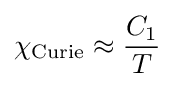
\chi _{\rm {Curie}}\approx {\frac {C_{1}}{T}}